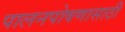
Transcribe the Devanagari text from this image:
पालनपोषणासाठी